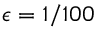
\epsilon = 1 / 1 0 0